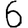
Digit: 6